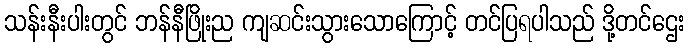
သန်းနီးပါးတွင် ဘန်နီဖြိုးည ကျဆင်းသွားသောကြောင့် တင်ပြရပါသည် ဒို့တင်ဌေး